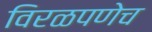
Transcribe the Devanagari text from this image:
विरळपणेच